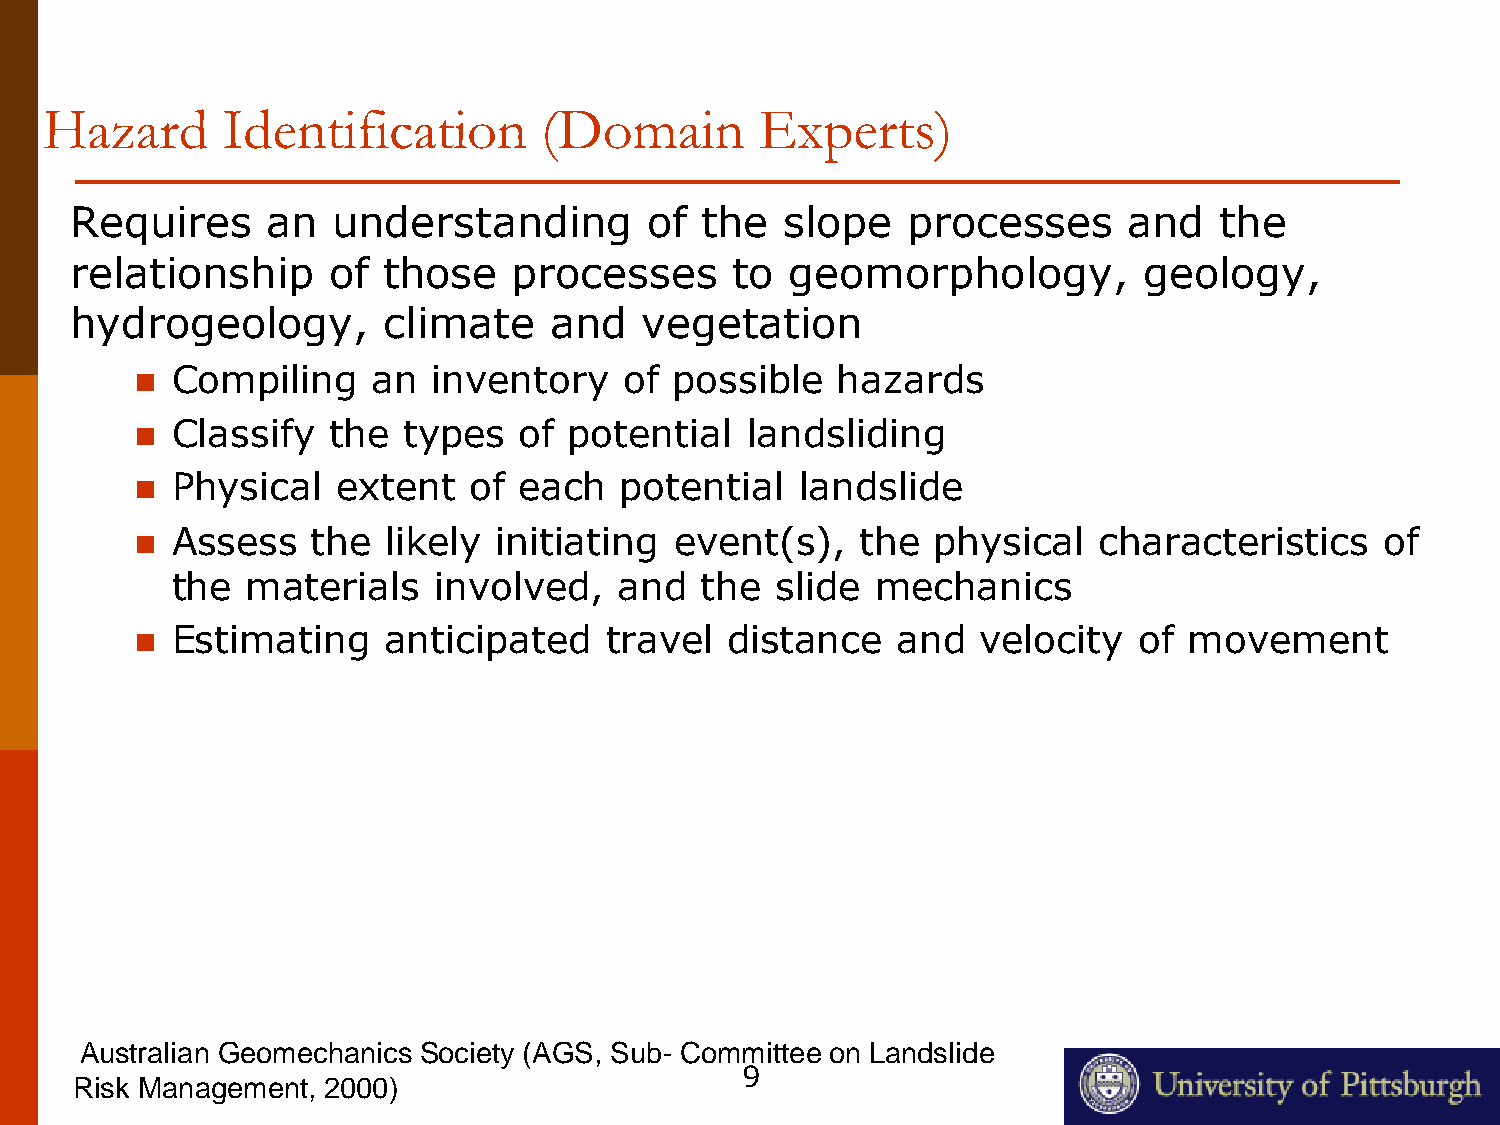
Hazard      Identification       (Domain       Experts)
 Requires     an  understanding        of the   slope   processes      and   the
 relationship     of those    processes     to  geomorphology,          geology,
 hydrogeology,       climate    and   vegetation
 Compiling     an  inventory   of  possible  hazards
 
 Classify   the  types  of  potential  landsliding
 
 Physical   extent   of each   potential   landslide
 
 Assess    the  likely initiating  event(s),   the  physical   characteristics    of
 
 the  materials    involved,   and  the  slide  mechanics
 Estimating    anticipated    travel  distance   and   velocity  of  movement
 
 Australian Geomechanics Society (AGS, Sub- Committee on Landslide
 9
 Risk Management, 2000)